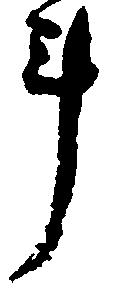
斗